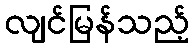
လျင်မြန်သည့်